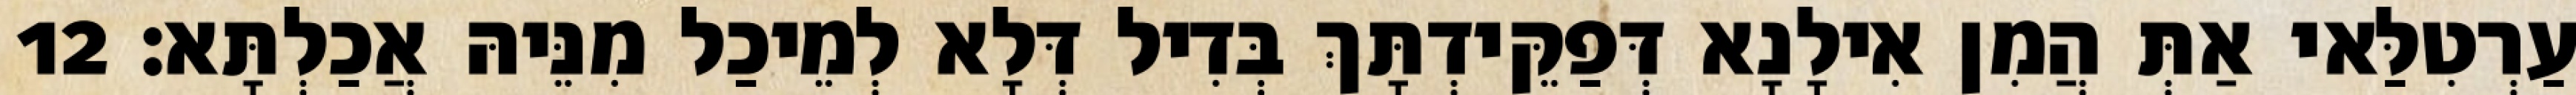
עַרְטִלַּאי אַתְּ הֲמִן אִילָנָא דְּפַקֵּידְתָּךְ בְּדִיל דְּלָא לְמֵיכַל מִנֵּיהּ אֲכַלְתָּא׃ 12